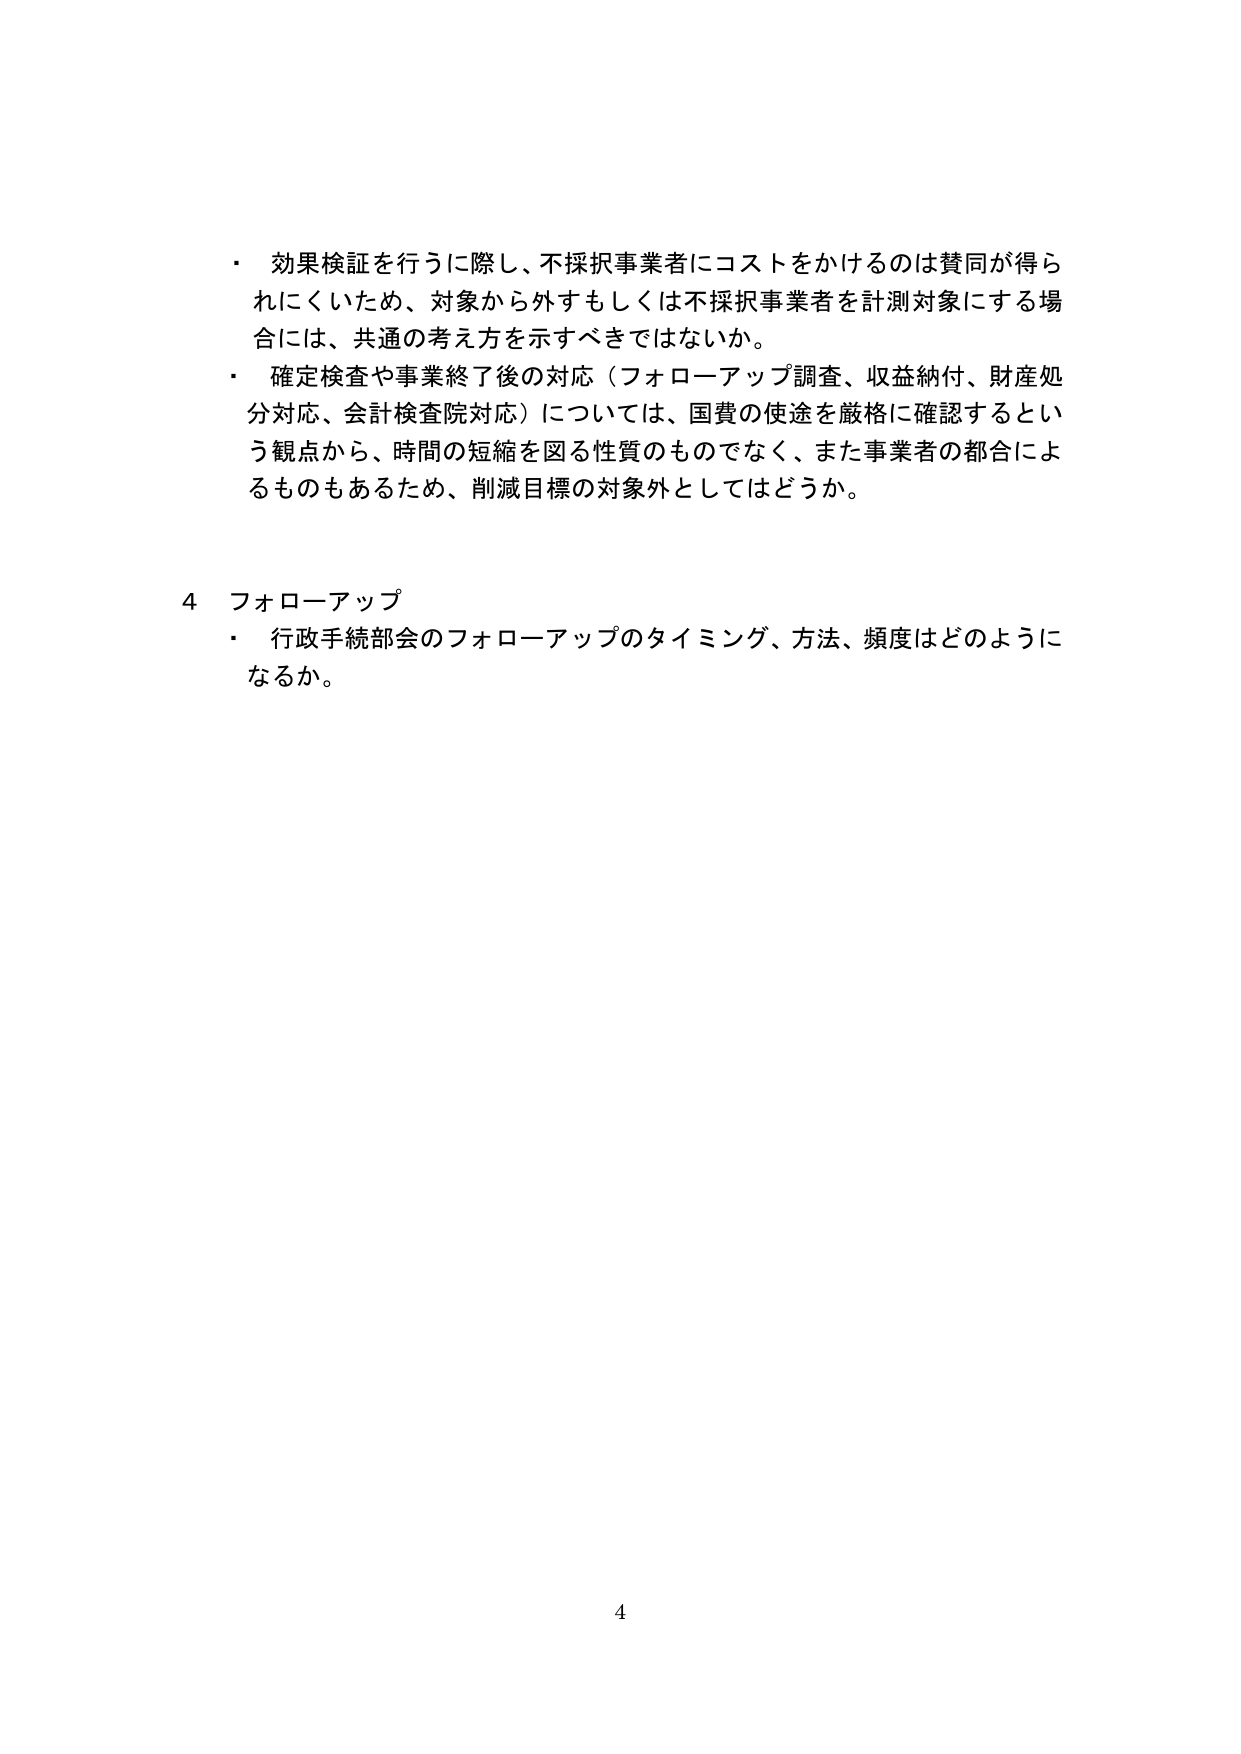
・ 効果検証を行うに際し、不採択事業者にコストをかけるのは賛同が得られにくいため、対象から外すもしくは不採択事業者を計測対象にする場合には、共通の考え方を示すべきではないか。

・ 確定検査や事業終了後の対応（フォローアップ調査、収益納付、財産処分対応、会計検査院対応）については、国費の使途を厳格に確認するという観点から、時間の短縮を図る性質のものでなく、また事業者の都合によるものもあるため、削減目標の対象外としてはどうか。

4 フォローアップ
・ 行政手続部会のフォローアップのタイミング、方法、頻度はどのようになるか。

4